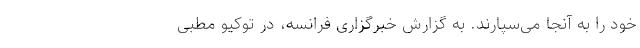
خود را به آنجا می‌سپارند. به گزارش خبرگزاری فرانسه، در توکیو مطبی